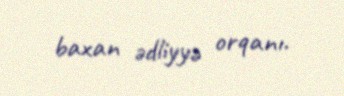
baxan ədliyyə orqanı.